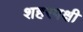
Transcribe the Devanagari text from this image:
शहरपक्षी